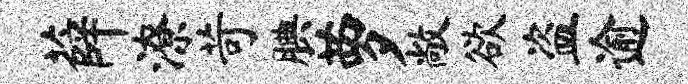
薛潦苛腆萝敞欲盗逾